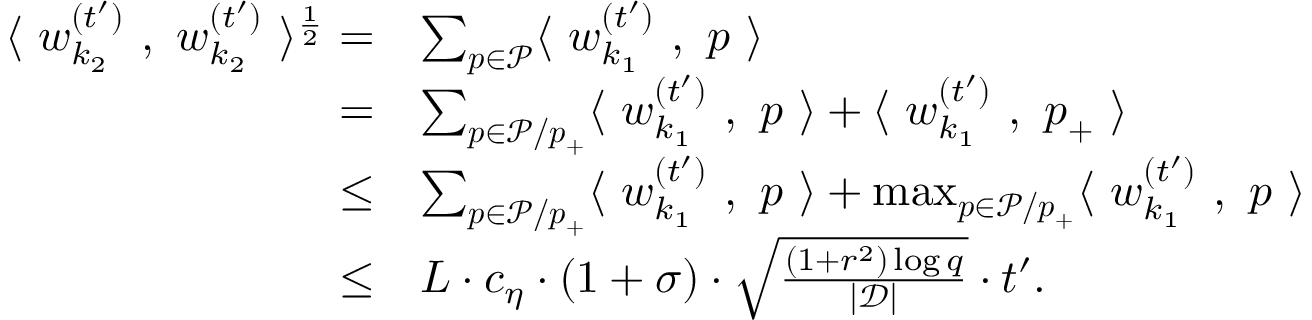
\begin{array} { r l } { \langle ~ { \boldsymbol w } _ { k _ { 2 } } ^ { ( t ^ { \prime } ) } ~ , ~ { \boldsymbol w } _ { k _ { 2 } } ^ { ( t ^ { \prime } ) } ~ \rangle ^ { \frac { 1 } { 2 } } = } & { \sum _ { { \boldsymbol p } \in \mathcal { P } } \langle ~ { \boldsymbol w } _ { k _ { 1 } } ^ { ( t ^ { \prime } ) } ~ , ~ { \boldsymbol p } ~ \rangle } \\ { = } & { \sum _ { { \boldsymbol p } \in \mathcal { P } / { \boldsymbol p } _ { + } } \langle ~ { \boldsymbol w } _ { k _ { 1 } } ^ { ( t ^ { \prime } ) } ~ , ~ { \boldsymbol p } ~ \rangle + \langle ~ { \boldsymbol w } _ { k _ { 1 } } ^ { ( t ^ { \prime } ) } ~ , ~ { \boldsymbol p } _ { + } ~ \rangle } \\ { \le } & { \sum _ { { \boldsymbol p } \in \mathcal { P } / { \boldsymbol p } _ { + } } \langle ~ { \boldsymbol w } _ { k _ { 1 } } ^ { ( t ^ { \prime } ) } ~ , ~ { \boldsymbol p } ~ \rangle + \operatorname* { m a x } _ { { \boldsymbol p } \in \mathcal { P } / { \boldsymbol p } _ { + } } \langle ~ { \boldsymbol w } _ { k _ { 1 } } ^ { ( t ^ { \prime } ) } ~ , ~ { \boldsymbol p } ~ \rangle } \\ { \le } & { L \cdot c _ { \eta } \cdot ( 1 + \sigma ) \cdot \sqrt { \frac { ( 1 + r ^ { 2 } ) \log q } { | \mathcal { D } | } } \cdot t ^ { \prime } . } \end{array}